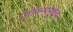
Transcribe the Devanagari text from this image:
उत्तेजनामुळेच